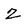
Character: Z